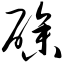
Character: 碜